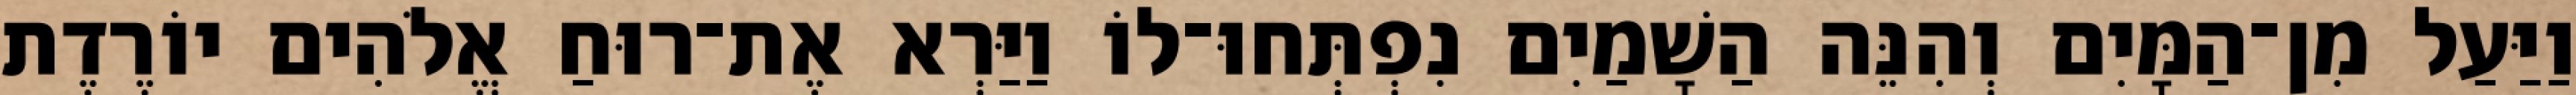
וַיַּעַל מִן־הַמָּיִם וְהִנֵּה הַשָׁמַיִם נִפְתְּחוּ־לוֹ וַיַּרְא אֶת־רוּחַ אֱלֹהִים יוֹרֶדֶת